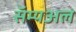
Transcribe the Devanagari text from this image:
सॅम्यअल